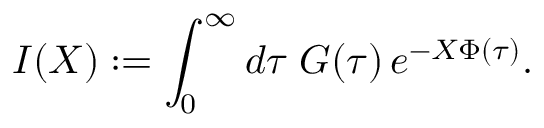
I ( X ) : = \int _ { 0 } ^ { \infty } d \tau \; G ( \tau ) \, e ^ { - X \Phi ( \tau ) } .